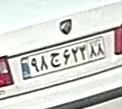
۹۸ج۶۲۳۸۸